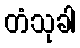
တံသုခါ